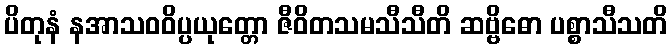
ပိတုနံ နအာသဝဝိပ္ပယုတ္တော ဇီဝိတသမသီသီတိ ဆဗ္ဗိဓော ပစ္စာသီသတိ